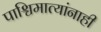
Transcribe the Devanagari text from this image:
पाश्चिमात्यांनाही